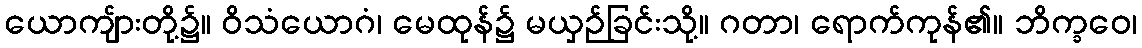
ယောကျ်ားတို့၌။ ဝိသံယောဂံ၊ မေထုန်၌ မယှဉ်ခြင်းသို့။ ဂတာ၊ ရောက်ကုန်၏။ ဘိက္ခဝေ၊